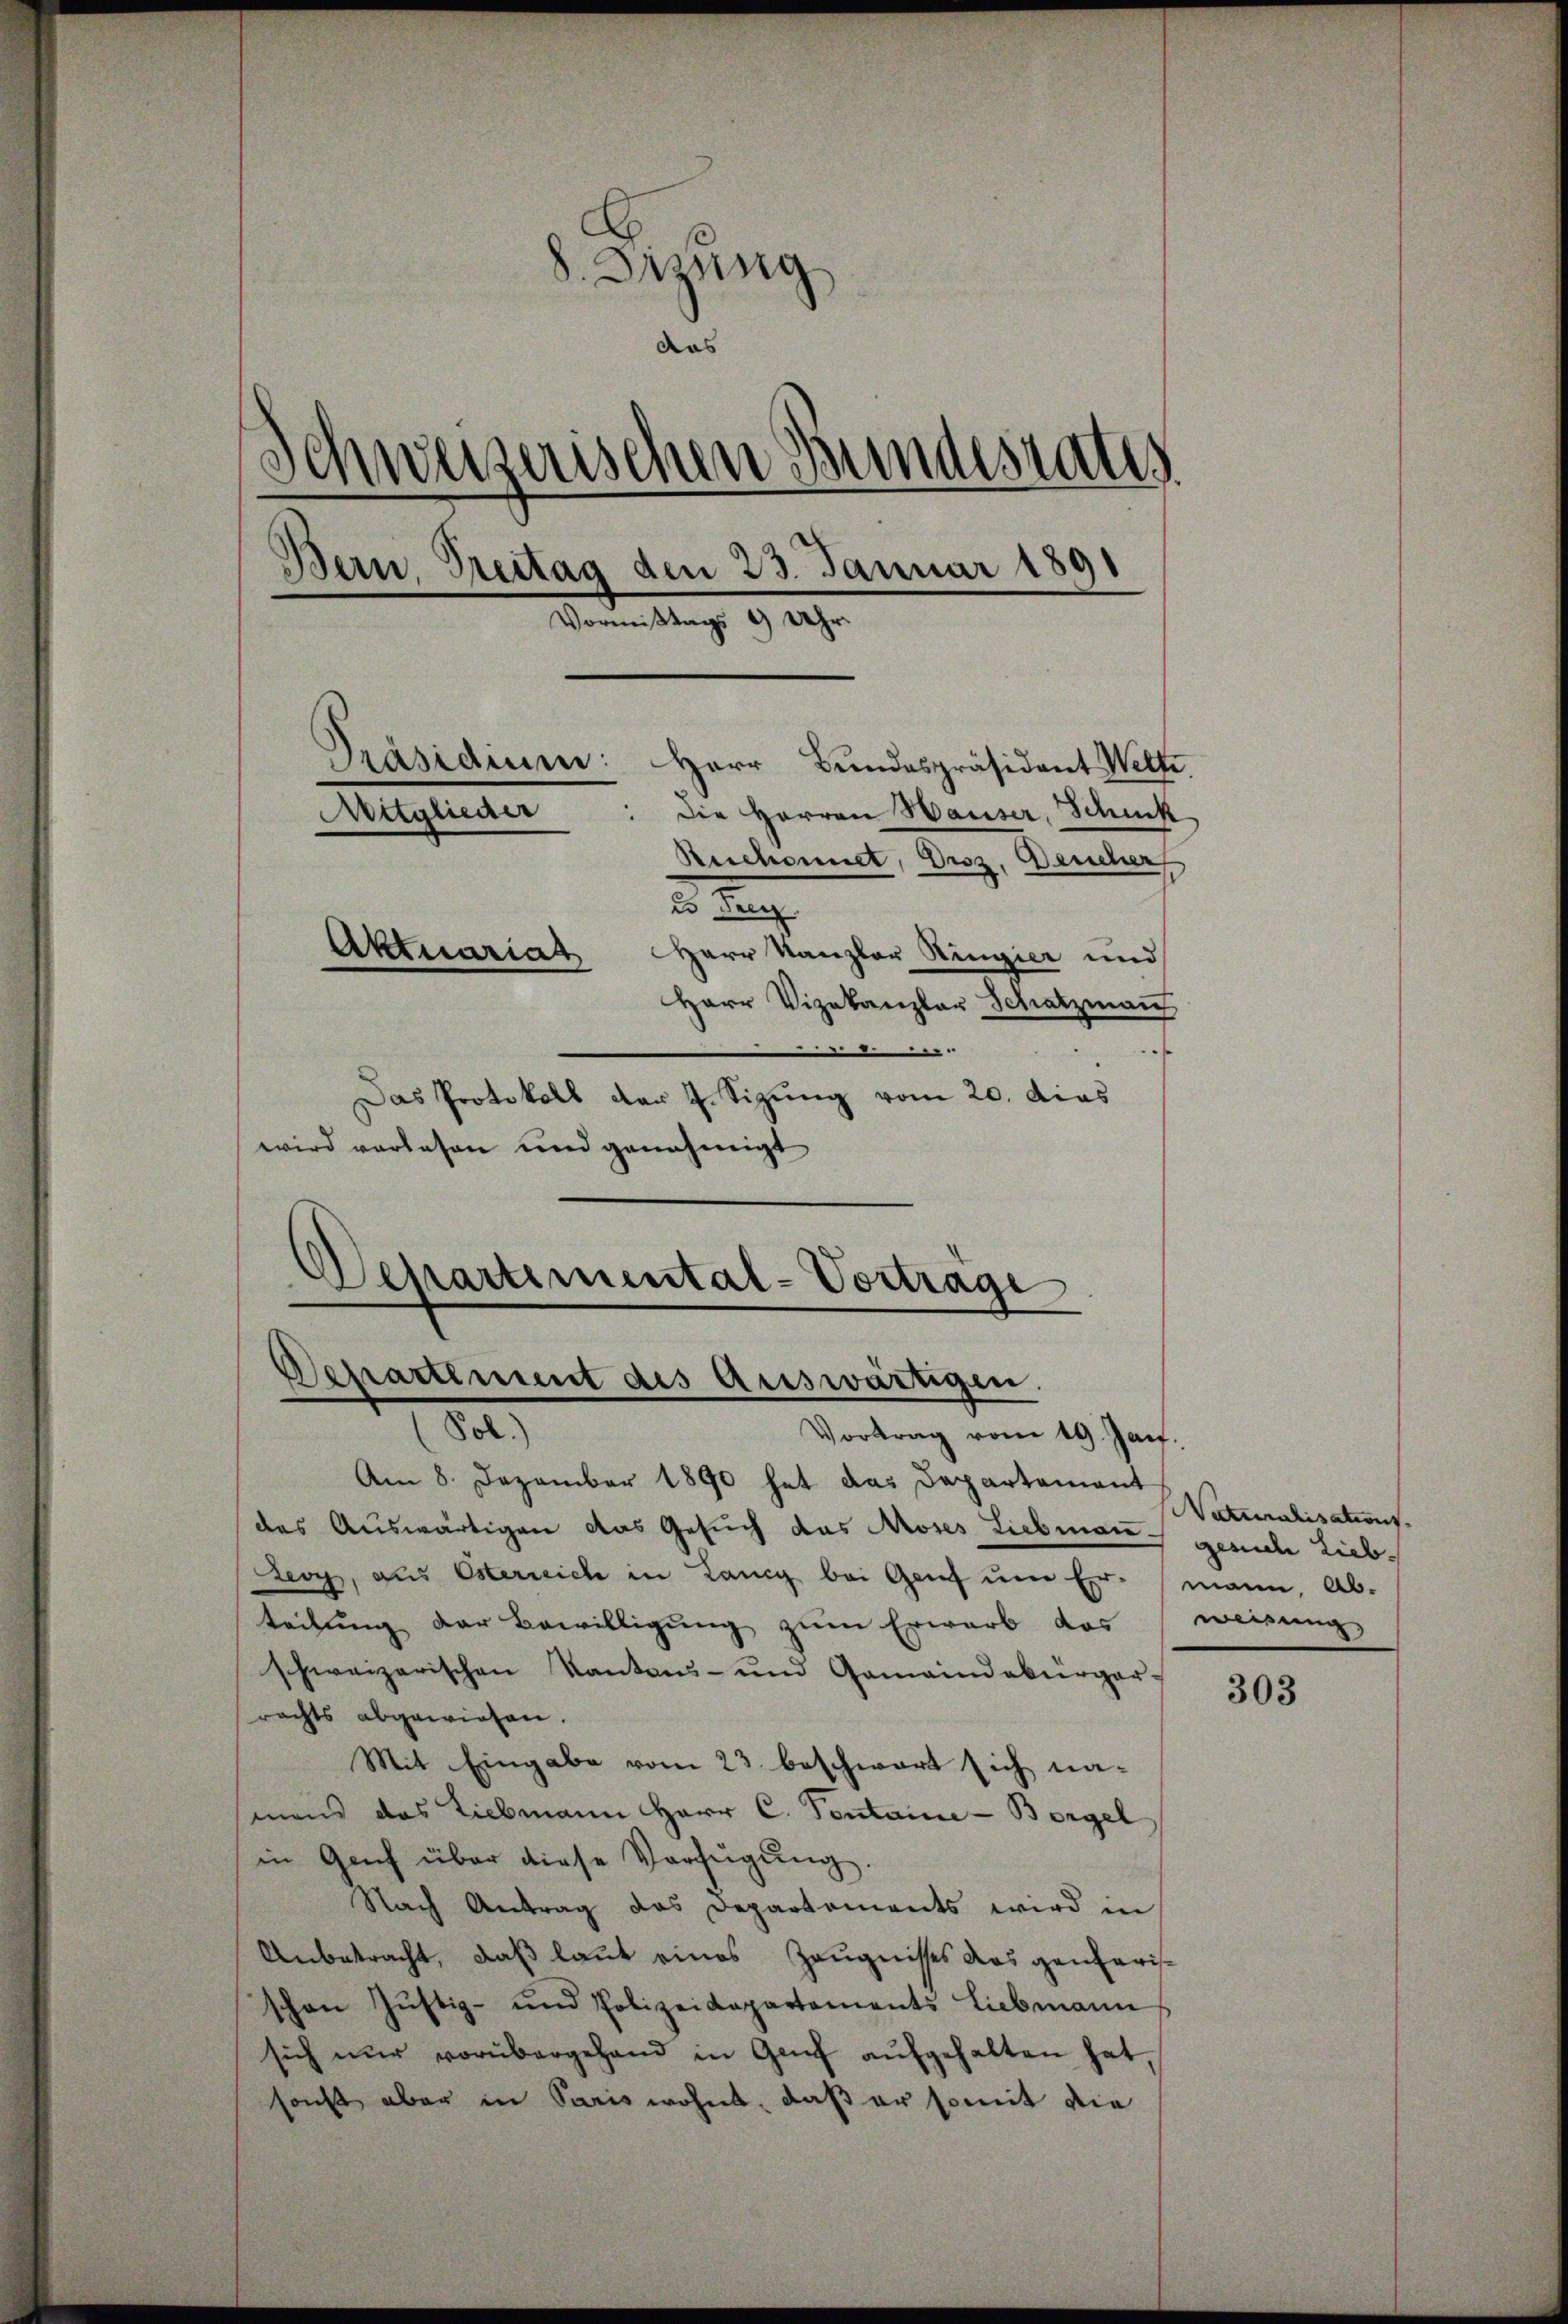
8. Sirung
das
Schweizerischen Bundesrates
3
Bern, Treitag den 23. Januar 1891
Vormittags 9 Uhr
Präsidium: Herr Bundespräsident Wette
Mitglieder: die Herren Hauser, Schick
Reichennet, Droz. Deucher
2.
Aktuariat
Herr Kanzler Ringier und
Herr Vizekanzlar Schatzman
F
ofe
Das Protokoll der J. Sizung vom 20. dies

wird verlesen und genehmigt
Departemental-Vortrage

Departiment des Auswärtigen.
Pol.)
Vortrag vom 19. Jan.

Am 8. Dezember 1890 hat das Departamant
des Auswärtigen das Gesuch das Moses Liebman geriche Lieb¬
Leoy, aus Esterreich in Lang bei Genf um Ermann, Ab-
teilung der Bewilligung zum Erwarb das
schweizerischen Kantons- und Gemeindebürger-
rachts abgewiesen.
Mit Eingabe vom 23 beschwart sich nasinens das Liebmann Herr C. Vontaire-Borgel
in Genf über diese Verfŭgŭng.
Nach Antrag das Departements wird in
Anbetracht, daß laut eines Zeugnisses das gantarisschen Zŭstiz- und Polizeidepartements Liebmann
sich nur vorübergehend in Genf aŭfgehalten hat,
sonst aber in Paris wohnt, daß er somit die

Naturalisations.
weisung,

303